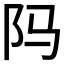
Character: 𬮺